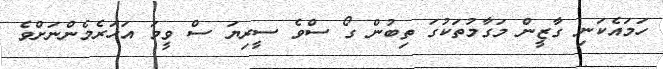
ހަމައެކަނި ގާޒީން މަގާމުތަކުގަ ތިބުން ގޯ ސްވެ ސީރިޔަ ސް ވީމަ އަހަރެމެންނަށްވެ